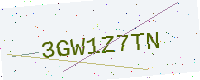
Text: 3GW1Z7TN